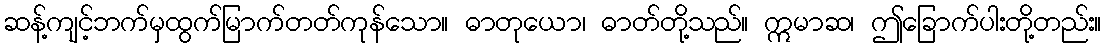
ဆန့်ကျင့်ဘက်မှထွက်မြာက်တတ်ကုန်သော။ ဓာတုယော၊ ဓာတ်တို့သည်။ ဣမာဆ၊ ဤခြောက်ပါးတို့တည်း။